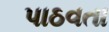
પાઠવતા